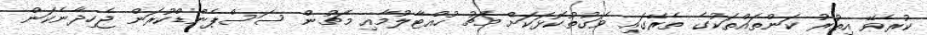
ކުރެވޭ އިތުރު ކަންތައްތަކުގެ ތެރޭގައި ވަގުތުކޮޅަކަށް މެޗު ހުއްޓާލުމާއި މެޗުން ސަސްޕެންޑްކުރަން ޖެހިދާނެކަން